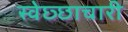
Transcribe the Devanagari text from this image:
स्वेछ्छाचारी